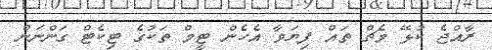
ރާއްޖެ ކުޅޭ މެޗް ތައް ފިޔަވާ އެހެން ޓީމް ތަކުގެ ޓިކެޓް ގަންނަން